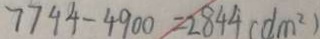
7 7 4 4 - 4 9 0 0 = 2 8 4 4 ( d m ^ { 2 } )